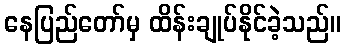
နေပြည်တော်မှ ထိန်းချုပ်နိုင်ခဲ့သည်။